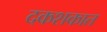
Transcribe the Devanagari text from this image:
दकशकात